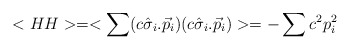
\begin{align*}< HH > = < \sum (c \hat{\sigma}_{i}.\vec{p}_{i})( c\hat{\sigma}_{i}.\vec{p}_{i})>= -\sum c^{2}p_{i}^{2}\end{align*}